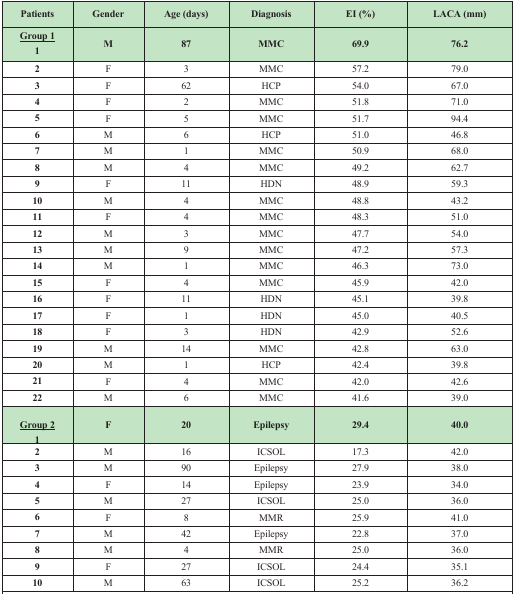
| Patients | Gender | Age (days) | Diagnosis | EI (%) | LACA (mm) |
 | --- | --- | --- | --- | --- | --- |
 | <underline>Group 1</underline>1 | M | 87 | MMC | 69.9 | 76.2 |
 | 2 | F | 3 | MMC | 57.2 | 79.0 |
 | 3 | F | 62 | HCP | 54.0 | 67.0 |
 | 4 | F | 2 | MMC | 51.8 | 71.0 |
 | 5 | F | 5 | MMC | 51.7 | 94.4 |
 | 6 | M | 6 | HCP | 51.0 | 46.8 |
 | 7 | M | 1 | MMC | 50.9 | 68.0 |
 | 8 | M | 4 | MMC | 49.2 | 62.7 |
 | 9 | F | 11 | HDN | 48.9 | 59.3 |
 | 10 | M | 4 | MMC | 48.8 | 43.2 |
 | 11 | F | 4 | MMC | 48.3 | 51.0 |
 | 12 | M | 3 | MMC | 47.7 | 54.0 |
 | 13 | M | 9 | MMC | 47.2 | 57.3 |
 | 14 | M | 1 | MMC | 46.3 | 73.0 |
 | 15 | F | 4 | MMC | 45.9 | 42.0 |
 | 16 | F | 11 | HDN | 45.1 | 39.8 |
 | 17 | F | 1 | HDN | 45.0 | 40.5 |
 | 18 | F | 3 | HDN | 42.9 | 52.6 |
 | 19 | M | 14 | MMC | 42.8 | 63.0 |
 | 20 | M | 1 | HCP | 42.4 | 39.8 |
 | 21 | F | 4 | MMC | 42.0 | 42.6 |
 | 22 | M | 6 | MMC | 41.6 | 39.0 |
 | <underline>Group 2</underline>1 | F | 20 | Epilepsy | 29.4 | 40.0 |
 | 2 | M | 16 | ICSOL | 17.3 | 42.0 |
 | 3 | M | 90 | Epilepsy | 27.9 | 38.0 |
 | 4 | F | 14 | Epilepsy | 23.9 | 34.0 |
 | 5 | M | 27 | ICSOL | 25.0 | 36.0 |
 | 6 | F | 8 | MMR | 25.9 | 41.0 |
 | 7 | M | 42 | Epilepsy | 22.8 | 37.0 |
 | 8 | M | 4 | MMR | 25.0 | 36.0 |
 | 9 | F | 27 | ICSOL | 24.4 | 35.1 |
 | 10 | M | 63 | ICSOL | 25.2 | 36.2 |